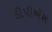
ડીપીએસ